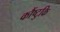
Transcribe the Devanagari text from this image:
कौंष्टुकि